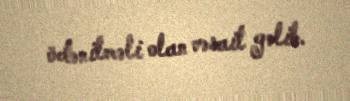
ödənilməli olan vəsait gəlib.